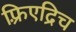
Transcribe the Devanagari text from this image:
फ़्रिएद्रिच